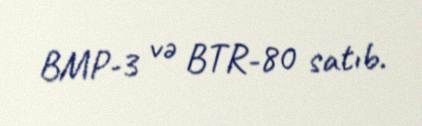
BMP-3 və BTR-80 satıb.